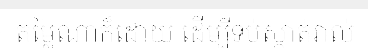
តម្លៃណាក៏ដោយ ដើម្បីទប់ស្កាត់រាល់